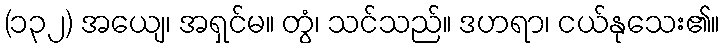
(၁၃၂) အယျေ၊ အရှင်မ။ တွံ၊ သင်သည်။ ဒဟရာ၊ ငယ်နုသေး၏။